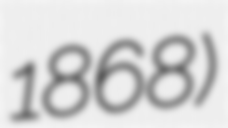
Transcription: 1868)